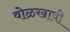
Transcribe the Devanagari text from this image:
वोळखावी